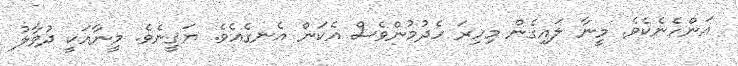
އަންހެނެކެވެ. މީނާ ލައިގެން މިހިރަ ހެދުމުންވެސް އެކަން އެނގެއެވެ. ޔަޤީނެވެ. މީނާއަކީ ދުވާލު